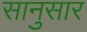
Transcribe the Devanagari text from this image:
सानुसार